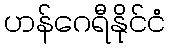
ဟန်ဂေရီနိုင်ငံ